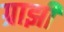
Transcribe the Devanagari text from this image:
ग्राझी